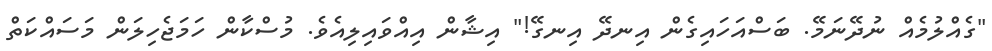
"ގެއްލުމެއް ނުދޭނަމޭ. ބަސްއަހައިގެން އިނދޭ އިނގޭ!" އިޝާން އިއްވައިލިއެވެ. މުސްކާން ހަމަޖެހިލަން މަސައްކަތް